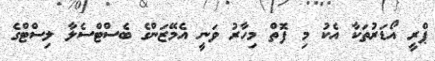
ޕްރީ އޯޑަރުތަކާ އެކު މި ފޮތް މިހާރު ވަނީ އެމޭޒަންގެ ބެސްޓްސެލާ ލިސްޓްގެ